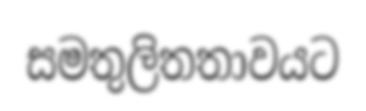
සමතුලිතතාවයට